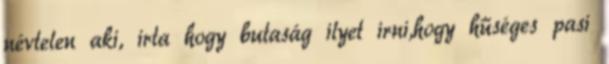
névtelen aki, irta hogy butaság ilyet irni,hogy hűséges pasi